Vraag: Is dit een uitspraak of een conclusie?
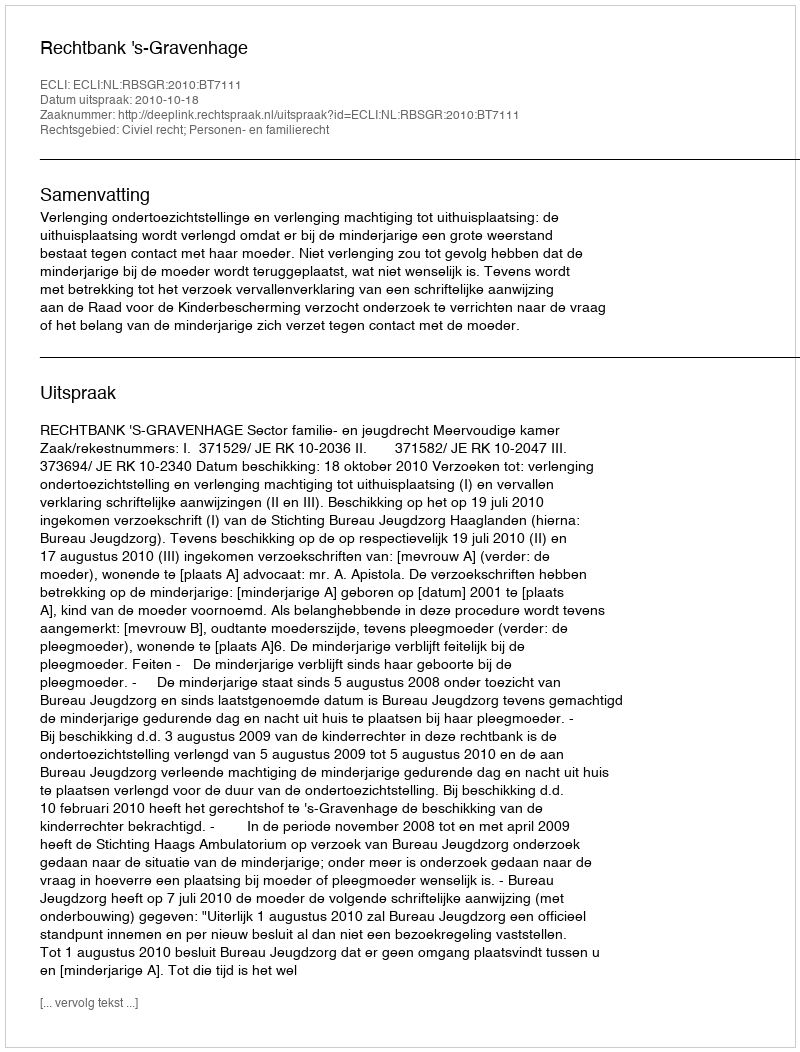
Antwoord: Uitspraak